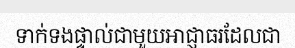
ទាក់ទងផ្ទាល់ជាមួយអាជ្ញាធរដែលជា